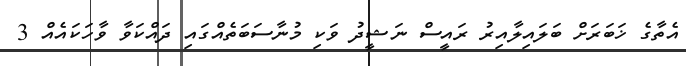
އެތާގެ ޚަބަރަށް ބަލައިލާއިރު ރައީސް ނަޝީދު ވަކި މުނާސަބަތެއްގައި ދައްކަވާ ވާހަކައެއް 3